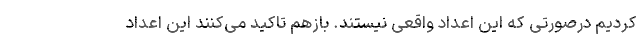
کردیم درصورتی که این اعداد واقعی نیستند. بازهم تاکید می‌کنند این اعداد